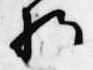
将